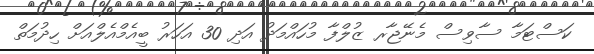
ކަސްޓަމާ ސާވިސް މެނޭޖާރ ޒުލްފާ މުހައްމަދު އަދި 30 އަހަރު ބީއެމްއެލްއަށް ހިދުމަތް